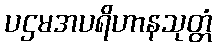
ပဌမအပရိဟာနသုတ္တံ